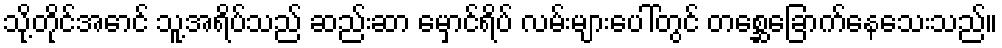
သို့တိုင်အောင် သူ့အရိပ်သည် ဆည်းဆာ မှောင်ရိပ် လမ်းများပေါ်တွင် တစ္ဆေခြောက်နေသေးသည်။